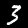
Label: 3